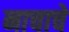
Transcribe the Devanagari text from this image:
नाचाचे